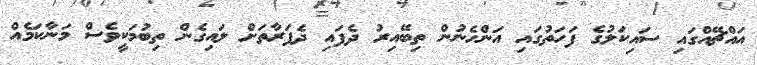
އައްޗޭއްގައި ސައިކަލުގެ ފަހަތުގައި އަންހެނުން ތިބޭއިރު ދެފައި ދެފަރާތަށް ލައިގެން ތިބުމަކީވެސް މަނާކަމެއް